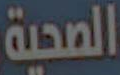
الصحية